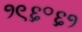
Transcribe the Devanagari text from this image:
१९६॰६१